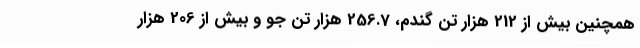
همچنین بیش از 212 هزار تن گندم، 256.7 هزار تن جو و بیش از 206 هزار